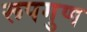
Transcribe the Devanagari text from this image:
रूपगुण